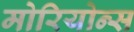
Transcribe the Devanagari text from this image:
मोरियोन्स